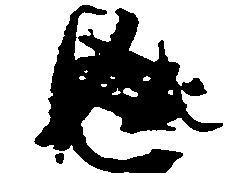
返